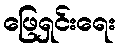
ဖြေရှင်းရေး